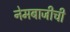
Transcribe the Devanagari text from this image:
नेमबाजीची